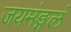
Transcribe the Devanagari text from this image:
जयमंङ्गलं